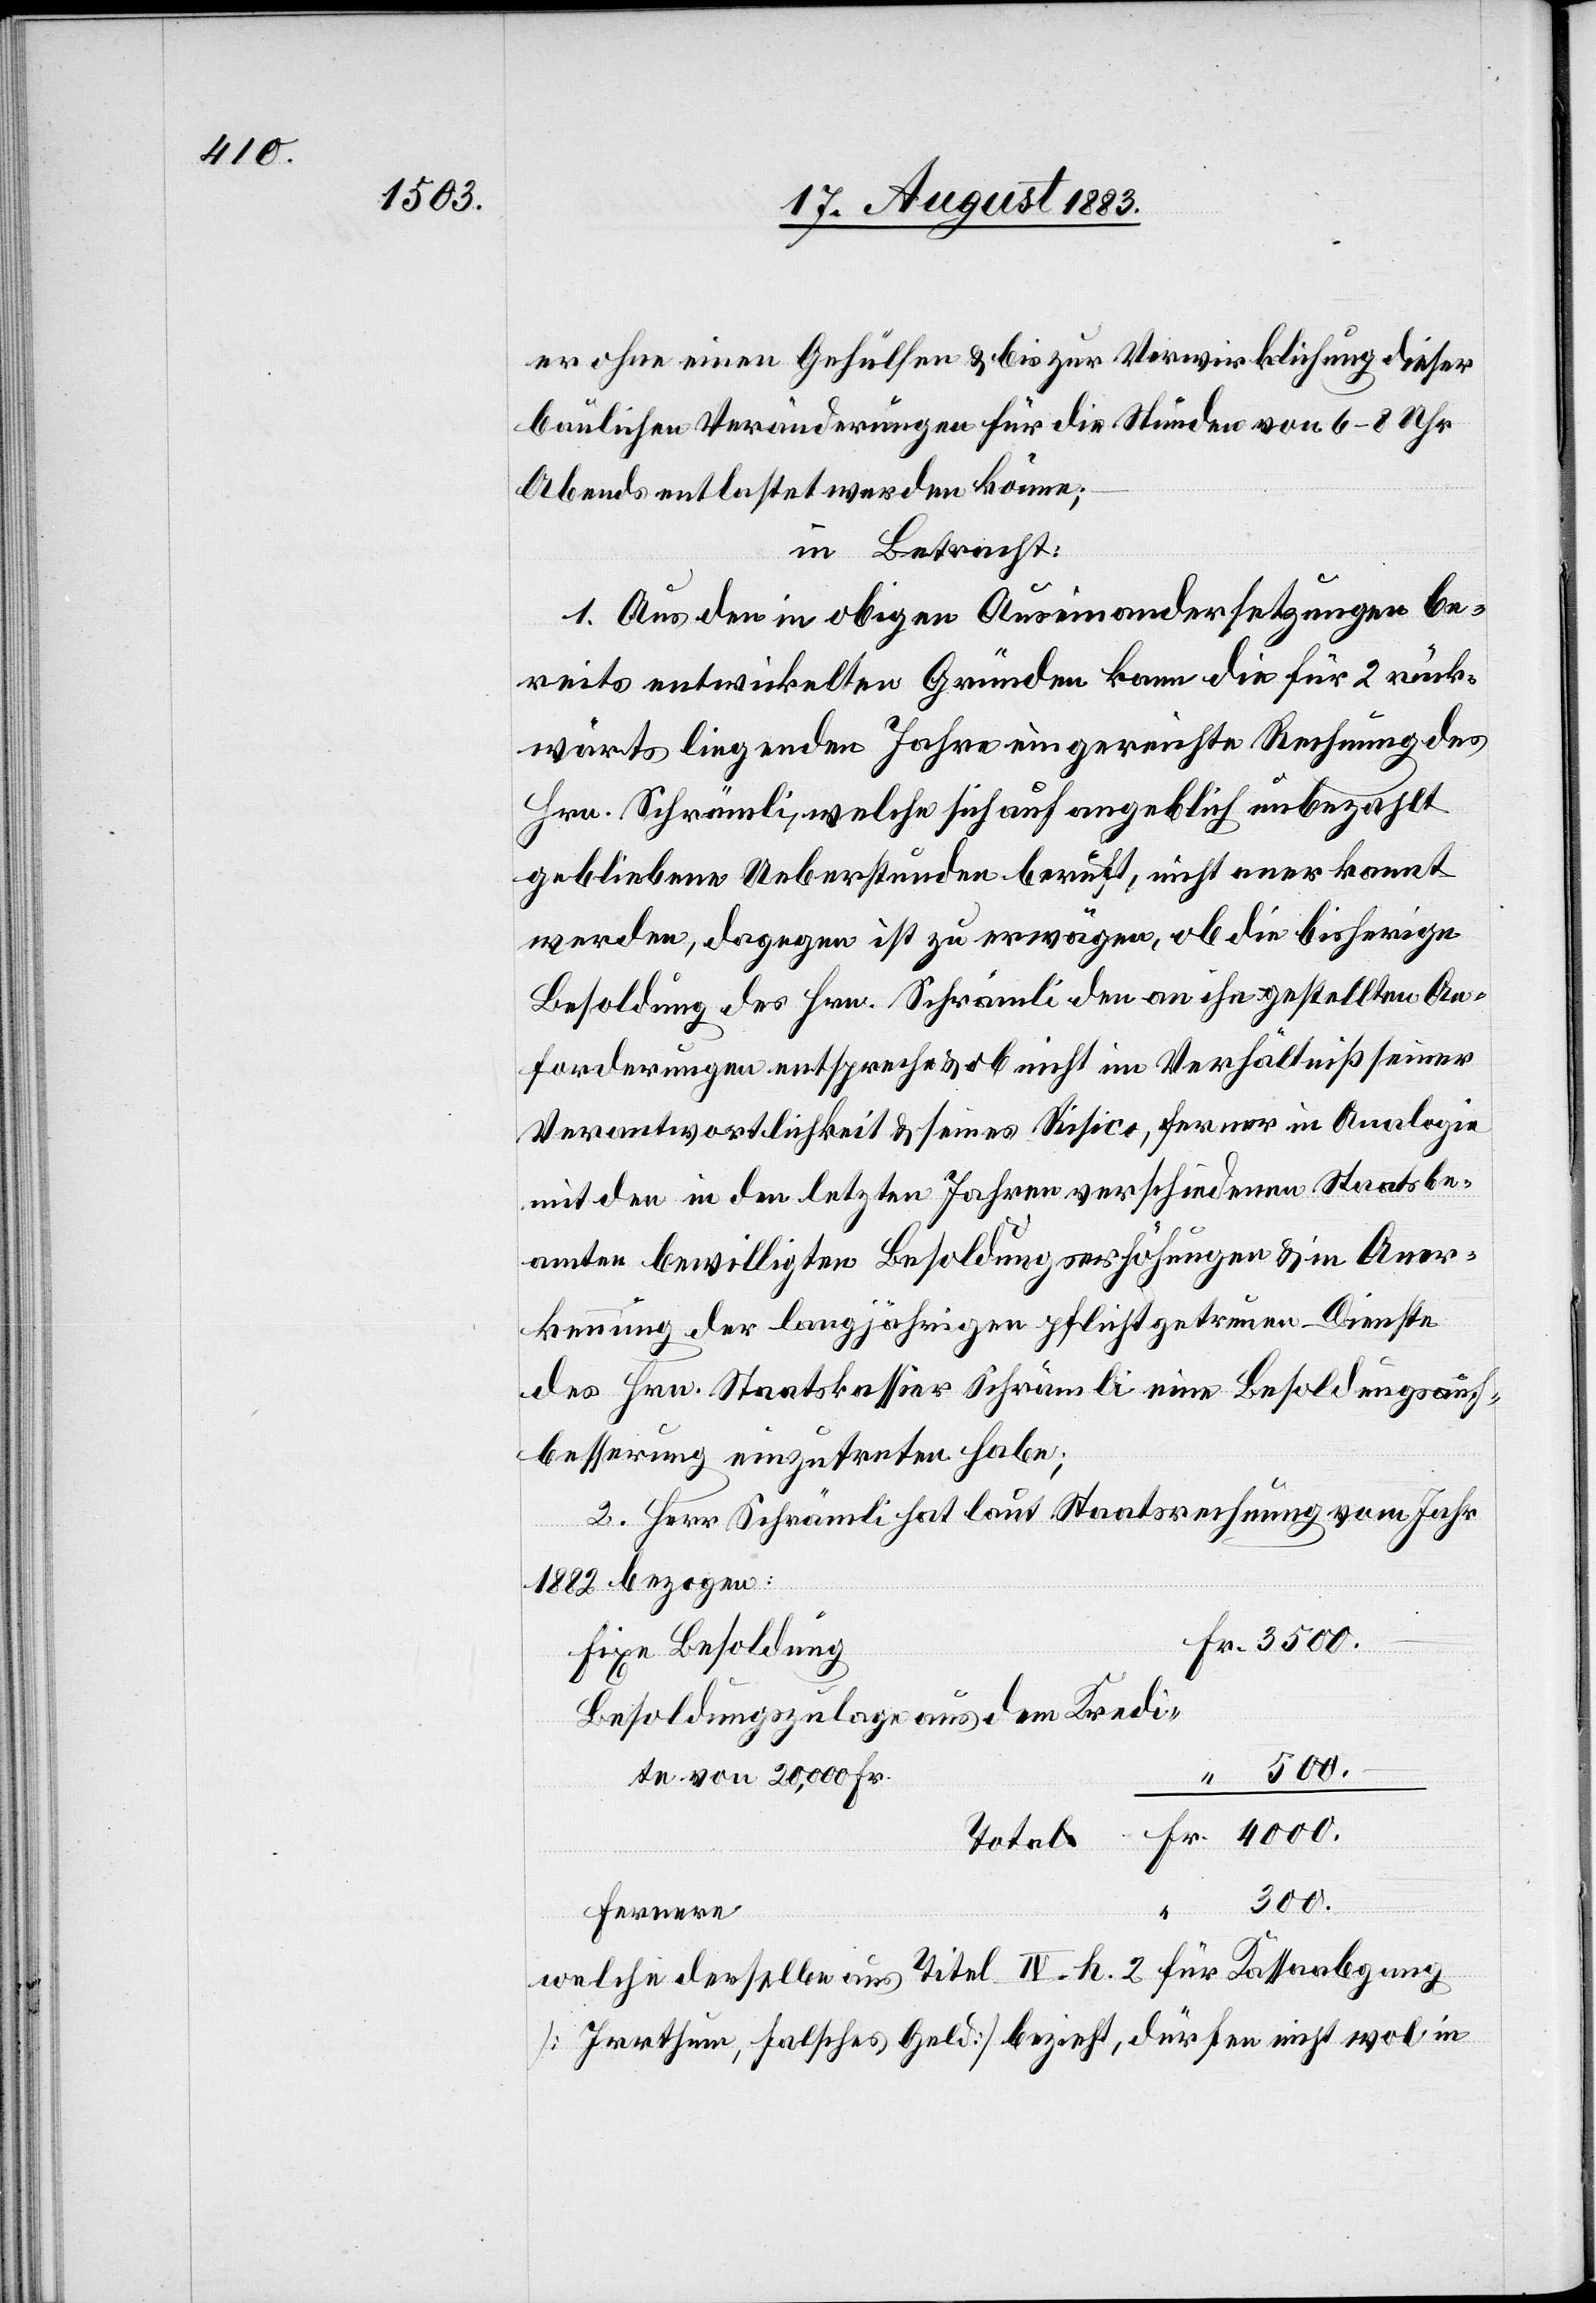
er ohne einen Gehülfen & bis zur Verwirklichung dieser
baulichen Veränderungen für die Stunden von 6–8 Uhr
Abends entlastet werden könne;
in Betracht:
1. Aus den in obigen Auseinandersetzungen be¬
reits entwickelten Gründen kann die für 2 rück¬
wärts liegende Jahre eingereichte Rechnung des
Hrn. Schrämli, welche sich auf angeblich unbezahlt
gebliebene Ueberstunden beruft, nicht anerkannt
werden, dagegen ist zu erwägen, ob die bisherige
Besoldung des Hrn. Schrämli den an ihn gestellten An¬
forderungen entspreche & ob nicht im Verhältniß seiner
Verantwortlichkeit & seines Risico, ferner in Analogie
mit den in den letzten Jahren verschiedenen Staatsbe¬
amten bewilligten Besoldungserhöhungen & in Aner¬
kennung der langjährigen pflichtgetreuen Dienste
des Hrn. Staatskassier Schrämli eine Besoldungsauf¬
besserung einzutreten habe.
2. Herr Schrämli hat laut Staatsrechnung vom Jahr
1882 bezogen:
Fr.
fixe Besoldung
Besoldungszulage aus dem Kredi¬
te von 20,000 Fr.
300.
Fernere
“
welche derselbe aus Titel IV. h. 2 für Kassaabgang
[Irrthum, falsches Geld] bezieht, dürfen nicht wol in